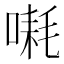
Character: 𪡱